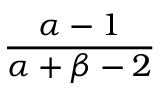
\frac { \alpha - 1 } { \alpha + \beta - 2 }